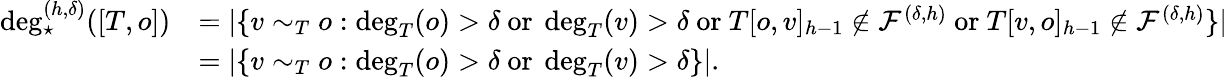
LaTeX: \begin{array}{rl}{\deg_{\star}^{(h,\delta)}([T,o])}&{=|\{ v\sim_{T}o:\deg_{T}(o)>\delta\mathrm{~or~}\deg_{T}(v)>\delta\mathrm{~or~}T[o,v]_{h-1}\notin\mathcal{F}^{(\delta,h)}\mathrm{~or~}T[v,o]_{h-1}\notin\mathcal{F}^{(\delta,h)}\} |}\\ &{=|\{ v\sim_{T}o:\deg_{T}(o)>\delta\mathrm{~or~}\deg_{T}(v)>\delta\} |.}\end{array}